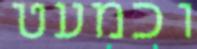
וכמעט